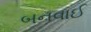
બનવાઈ